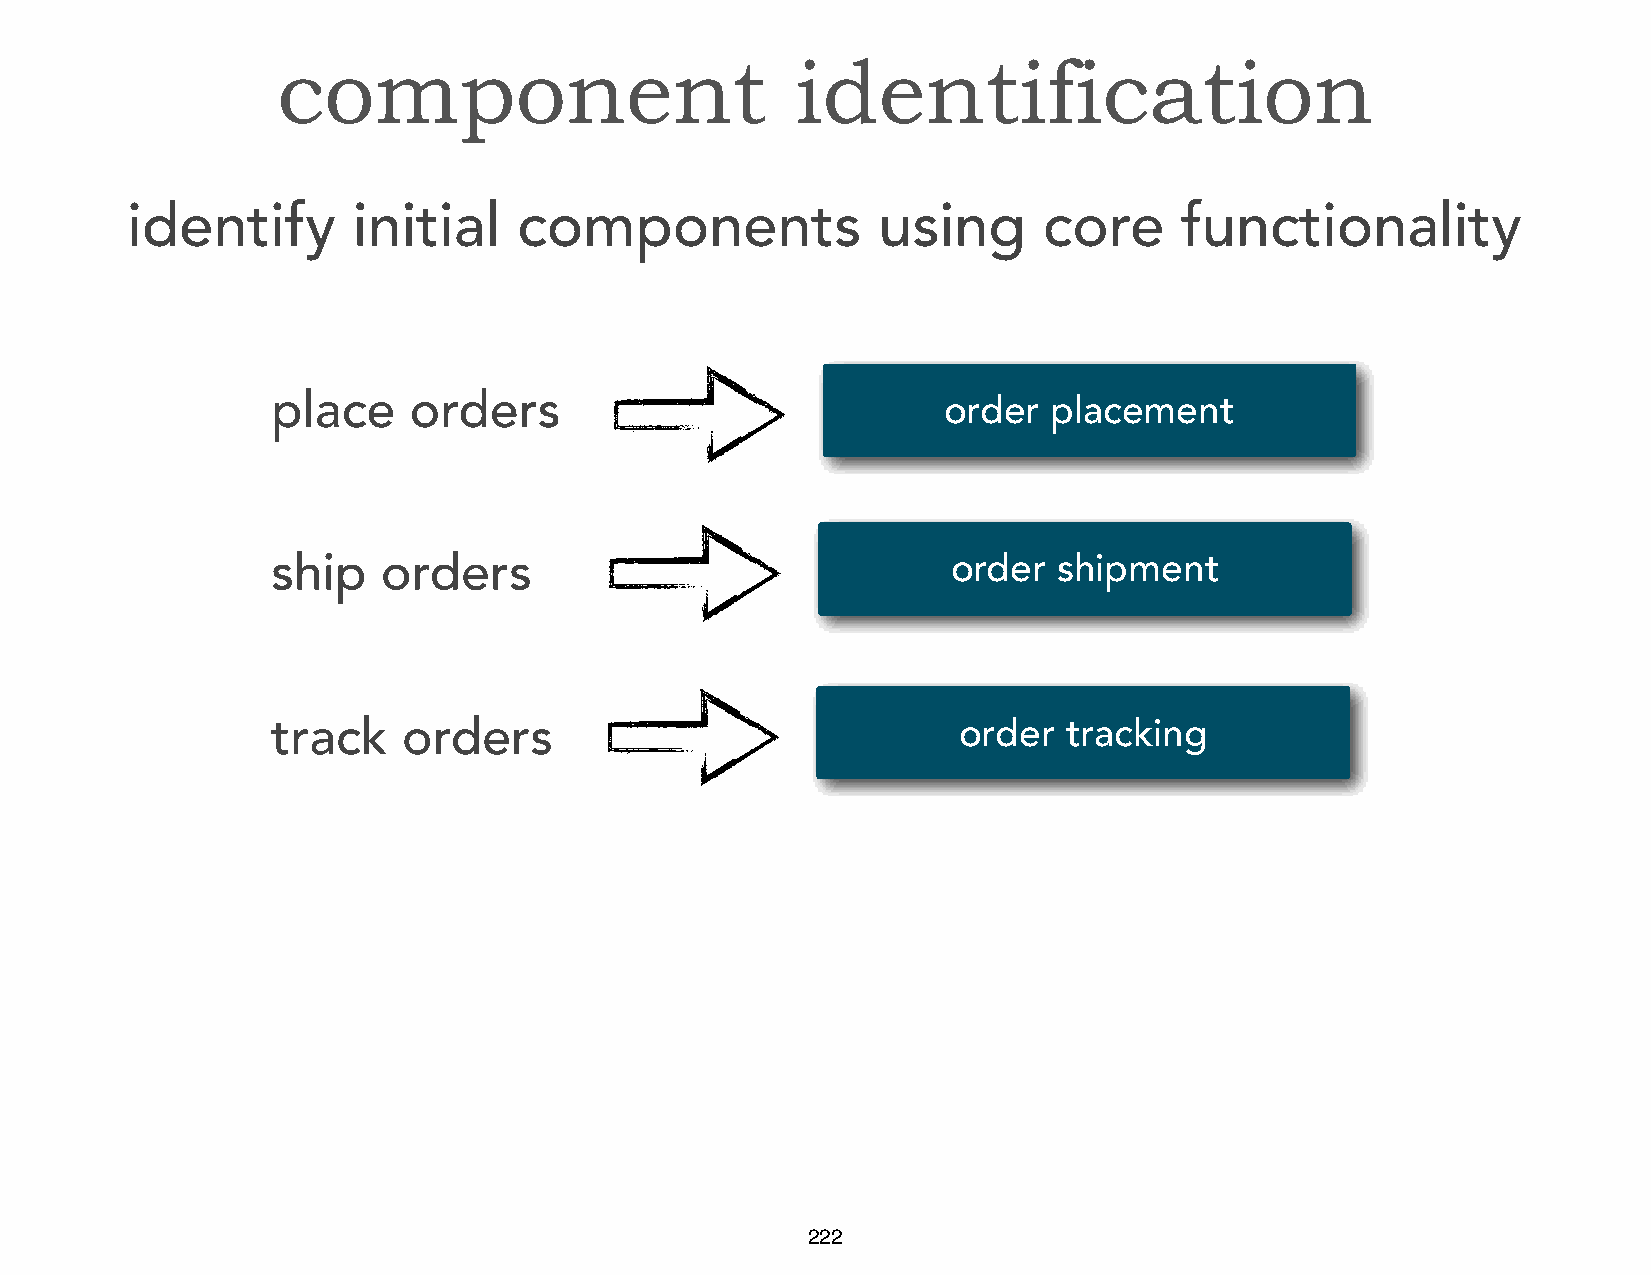
component                          identification
 identify       initial    components              using      core     functionality
 place    orders                             order   placement
 ship   orders                                order  shipment
 track    orders                              order   tracking
 222